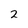
Character: 2